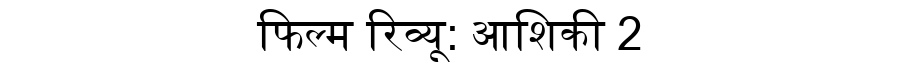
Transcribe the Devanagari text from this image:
फिल्म रिव्यू: आशिकी 2